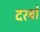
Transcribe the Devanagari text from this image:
दरबों